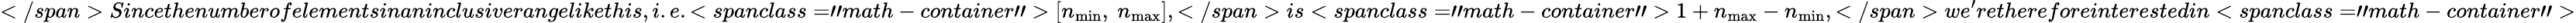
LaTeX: </span>Sincethenumberofelementsinaninclusiverangelikethis,i.e.<spanclass="math-container">\left[n_{\mathrm{min}},~n_{\mathrm{max}}\right],</span>is<spanclass="math-container">1+n_{\mathrm{max}}-n_{\mathrm{min}},</span>we^{\prime}rethereforeinterestedin<spanclass="math-container">